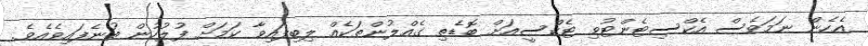
އެހެން ނަަމަވެސް އެކްސިޓެންޓުވި ޓެކްސީއަށް ބޮޑެތި ގެއްލުންތަކެއް ލިބިފައިވާ ކަމަށް ފުލުހުން ބުނެފައިވެއެވެ.